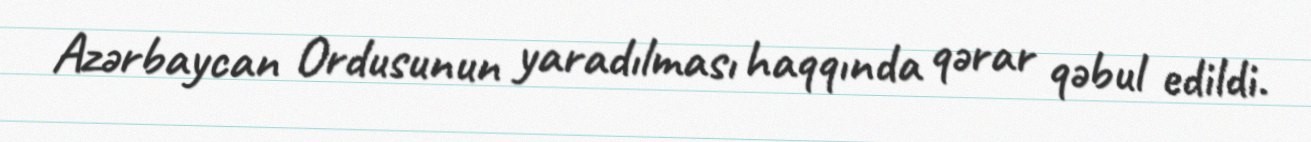
Azərbaycan Ordusunun yaradılması haqqında qərar qəbul edildi.